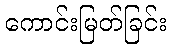
ကောင်းမြတ်ခြင်း